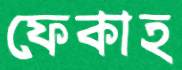
ফেকাহ